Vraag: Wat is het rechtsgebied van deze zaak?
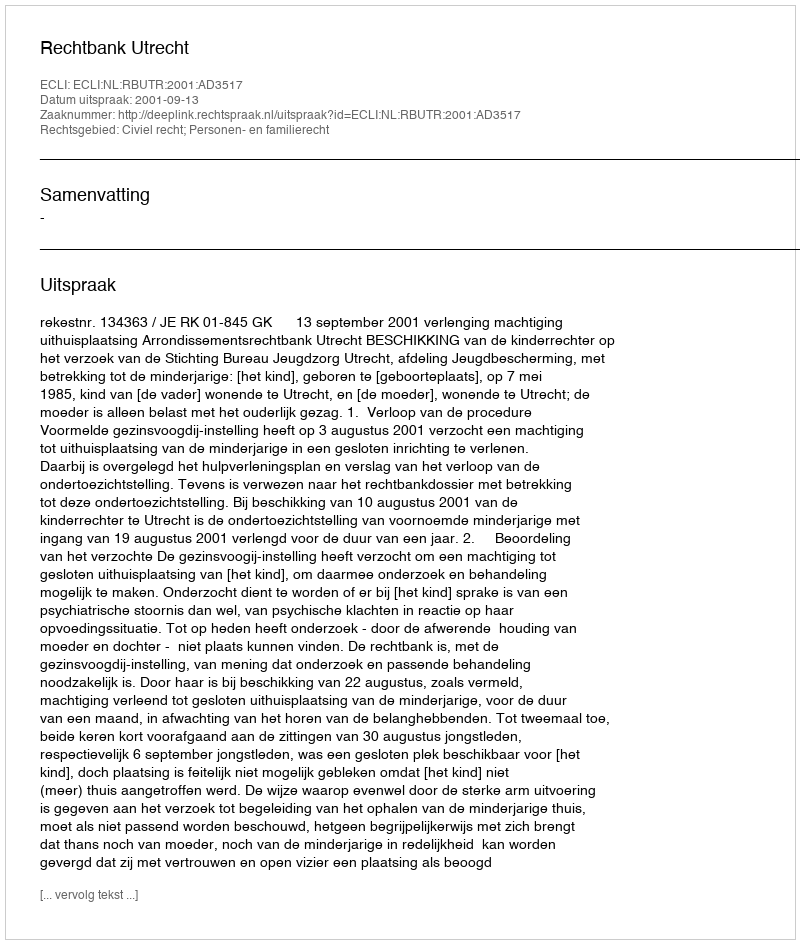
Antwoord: Civiel recht; Personen- en familierecht